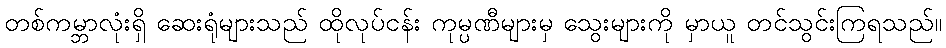
တစ်ကမ္ဘာလုံးရှိ ဆေးရုံများသည် ထိုလုပ်ငန်း ကုမ္ပဏီများမှ သွေးများကို မှာယူ တင်သွင်းကြရသည်။